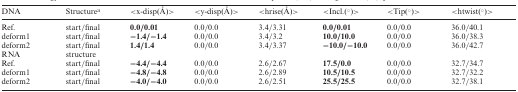
<table><thead><tr><td><b>DNA</b></td><td><b>Structure<sup>a</sup></b></td><td><b>&lt;x-disp(Å)&gt;</b></td><td><b>&lt;y-disp(Å)&gt;</b></td><td><b>&lt;hrise(Å)&gt;</b></td><td><b>&lt;Incl.(°)&gt;</b></td><td><b>&lt;Tip(°)&gt;</b></td><td><b>&lt;htwist(°)&gt;</b></td></tr></thead><tbody><tr><td>Ref.</td><td>start/final</td><td><b>0.0/0.01</b></td><td>0.0/0.0</td><td>3.4/3.31</td><td><b>0.0/0.01</b></td><td>0.0/0.0</td><td>36.0/40.1</td></tr><tr><td>deform1</td><td>start/final</td><td><b>−1.4/−1.4</b></td><td>0.0/0.0</td><td>3.4/3.2</td><td><b>10.0/10.0</b></td><td>0.0/0.0</td><td>36.0/38.3</td></tr><tr><td>deform2</td><td>start/final</td><td><b>1.4/1.4</b></td><td>0.0/0.0</td><td>3.4/3.37</td><td><b>−10.0/−10.0</b></td><td>0.0/0.0</td><td>36.0/42.7</td></tr><tr><td>RNA</td><td colspan="7">structure</td></tr><tr><td>Ref.</td><td>start/final</td><td><b>−4.4/−4.4</b></td><td>0.0/0.0</td><td>2.6/2.67</td><td><b>17.5/0.0</b></td><td>0.0/0.0</td><td>32.7/34.7</td></tr><tr><td>deform1</td><td>start/final</td><td><b>−4.8/−4.8</b></td><td>0.0/0.0</td><td>2.6/2.89</td><td><b>10.5/10.5</b></td><td>0.0/0.0</td><td>32.7/32.2</td></tr><tr><td>deform2</td><td>start/final</td><td><b>−4.0/−4.0</b></td><td>0.0/0.0</td><td>2.6/2.51</td><td><b>25.5/25.5</b></td><td>0.0/0.0</td><td>32.7/38.1</td></tr></tbody></table>